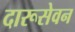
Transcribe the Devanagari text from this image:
दारूसेवन